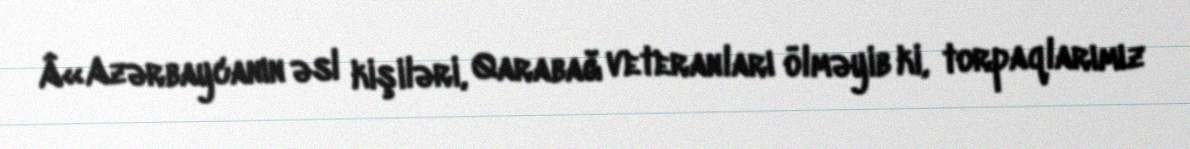
Â«Azərbaycanın əsl kişiləri, Qarabağ veteranları ölməyib ki, torpaqlarımız